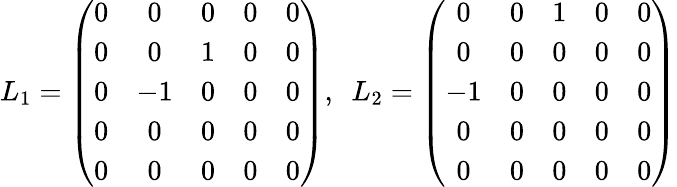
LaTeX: L_{1}=\left(\begin{array}{ccccc}{{0}}&{{0}}&{{0}}&{{0}}&{{0}}\\ {{0}}&{{0}}&{{1}}&{{0}}&{{0}}\\ {{0}}&{{-1}}&{{0}}&{{0}}&{{0}}\\ {{0}}&{{0}}&{{0}}&{{0}}&{{0}}\\ {{0}}&{{0}}&{{0}}&{{0}}&{{0}}\end{array}\right),\, \, \, L_{2}=\left(\begin{array}{ccccc}{{0}}&{{0}}&{{1}}&{{0}}&{{0}}\\ {{0}}&{{0}}&{{0}}&{{0}}&{{0}}\\ {{-1}}&{{0}}&{{0}}&{{0}}&{{0}}\\ {{0}}&{{0}}&{{0}}&{{0}}&{{0}}\\ {{0}}&{{0}}&{{0}}&{{0}}&{{0}}\end{array}\right)